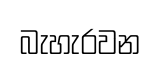
බැහැරවන